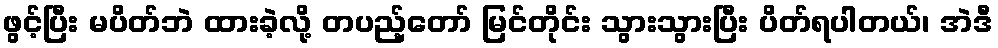
ဖွင့်ပြီး မပိတ်ဘဲ ထားခဲ့လို့ တပည့်တော် မြင်တိုင်း သွားသွားပြီး ပိတ်ရပါတယ်၊ အဲဒီ